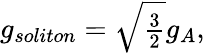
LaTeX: g_{soliton}=\sqrt{\textstyle{\frac{3}{2}}}g_{A},